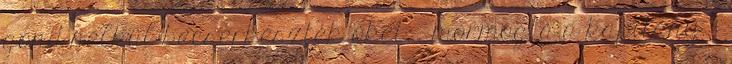
gond nélkül becserkészték őket. – mormogta a kapitány. –